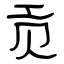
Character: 贡